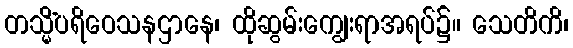
တသ္မိံပရိဝေသနဌာနေ၊ ထိုဆွမ်းကျွေးရာအရပ်၌။ သေတိကိ၊